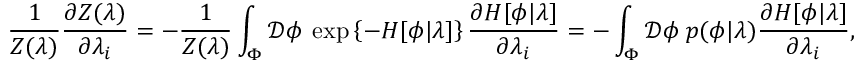
\frac { 1 } { Z ( \lambda ) } \frac { \partial Z ( \lambda ) } { \partial \lambda _ { i } } = - \frac { 1 } { Z ( \lambda ) } \int _ { \Phi } \mathcal { D } \phi \: \exp \left\{ - H [ \phi | \lambda ] \right\} \frac { \partial H [ \phi | \lambda ] } { \partial \lambda _ { i } } = - \int _ { \Phi } \mathcal { D } \phi \: p ( \phi | \lambda ) \frac { \partial H [ \phi | \lambda ] } { \partial \lambda _ { i } } ,